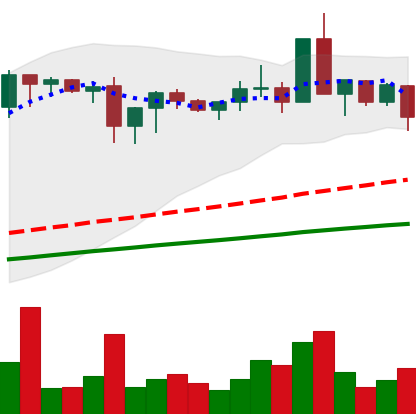
Ticker: XMR-USD
Chart end date: 2020-08-25
Forward return: 8.24%
Label: up_7plus